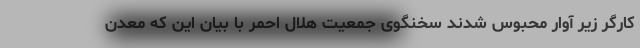
کارگر زیر آوار محبوس شدند سخنگوی جمعیت هلال احمر با بیان این که معدن